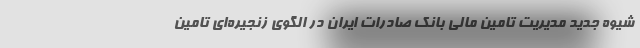
شیوه جدید مدیریت تامین مالی بانک صادرات ایران در الگوی زنجیره‌ای تامین